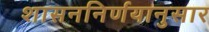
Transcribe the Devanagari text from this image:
शासननिर्णयानुसार